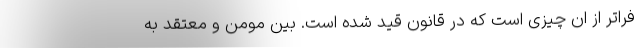
فراتر از ان چیزی است که در قانون قید شده است. بین مومن و معتقد به